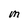
Character: M